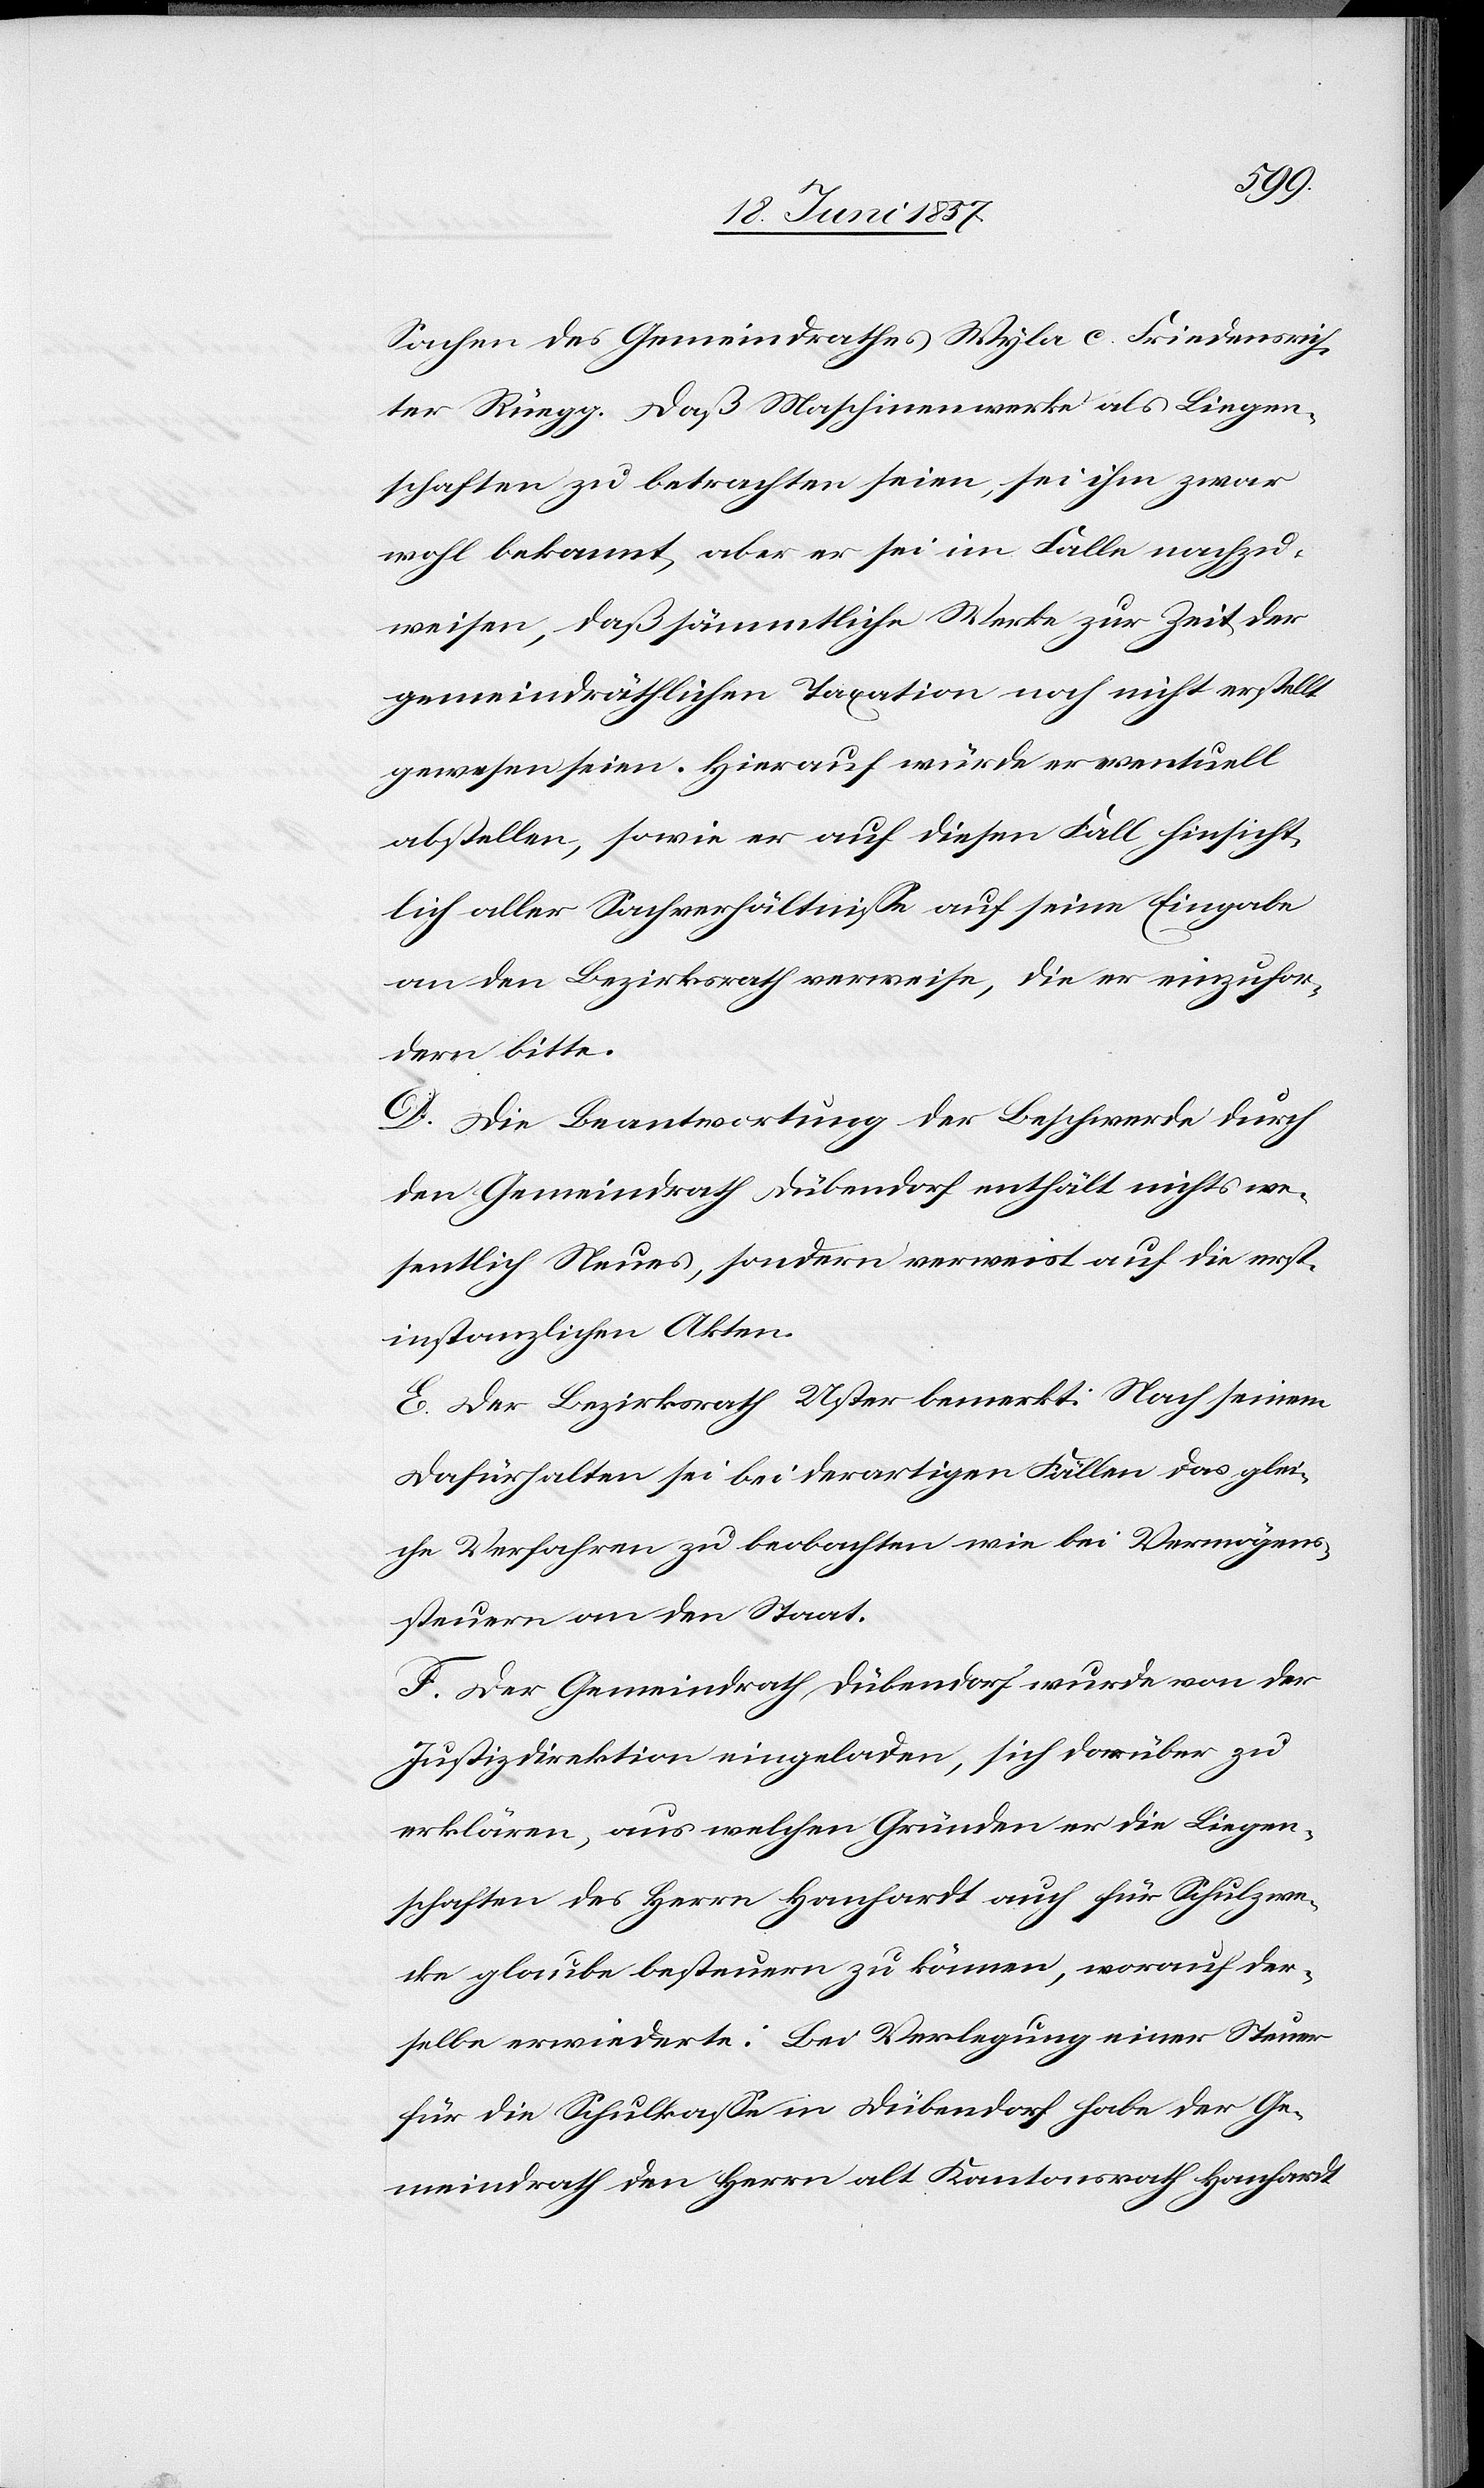
Sachen des Gemeindrathes Wyla c. Friedensrich¬
ter Rüegg. Daß Maschinenwerke als Liegen¬
schaften zu betrachten seien, sei ihm zwar
wohl bekannt, aber er sei im Falle nachzu¬
weisen, daß sämmtliche Werke zur Zeit der
gemeindräthlichen Taxation noch nicht erstellt
gewesen seien. Hierauf würde er eventuell
abstellen, sowie er auf diesen Fall hinsicht¬
lich aller Sachverhältnisse auf seine Eingabe
an den Bezirksrath verweise, die er einzufor¬
dern bitte.
D. Die Beantwortung der Beschwerde durch
den Gemeindrath Dübendorf enthält nichts we¬
sentlich Neues, sondern verweist auf die erst¬
instanzlichen Akten.
E. Der Bezirksrath Uster bemerkt: Nach seinem
Dafürhalten sei bei derartigen Fällen das glei¬
che Verfahren zu beobachten wie bei Vermögens¬
steuern an den Staat.
F. Der Gemeindrath Dübendorf wurde von der
Justizdirektion eingeladen, sich darüber zu
erklären, aus welchen Gründen er die Liegen¬
schaften des Herrn Hanhardt auch für Schulzwe¬
cke glaube besteuern zu können, worauf der¬
selbe erwiederte: Bei Verlegung einer Steuer
für die Schulklasse in Dübendorf habe der Ge¬
meindrath den Herrn alt Kantonsrath Hanhardt